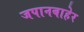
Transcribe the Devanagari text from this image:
जपानबाहेर